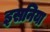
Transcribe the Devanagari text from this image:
इसनिया